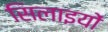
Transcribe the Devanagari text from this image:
सिलाइयों